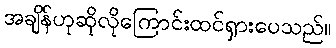
အချိန်ဟုဆိုလိုကြောင်းထင်ရှားပေသည်။